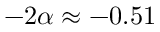
- 2 \alpha \approx - 0 . 5 1